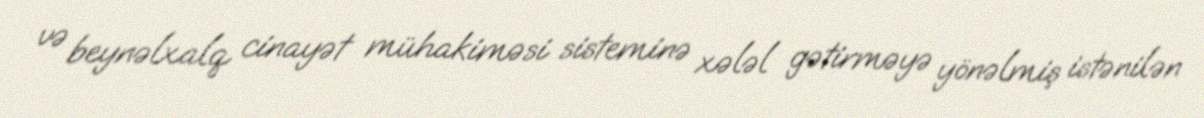
və beynəlxalq cinayət mühakiməsi sisteminə xələl gətirməyə yönəlmiş istənilən